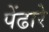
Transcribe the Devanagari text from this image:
पेंढारे